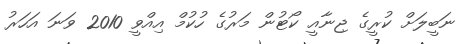
ނަބީލަށް ކުރީގެ ޖިނާއީ ކޯޓުން މަރުގެ ހުކުމް އިއްވީ 2010 ވަނަ އަހަރު